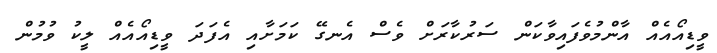
ވީޑިއޯއެއް އާންމުވެފައިވާކަން ސަރުކާރަށް ވެސް އެނގޭ ކަމަށާއި އެފަދަ ވީޑިއޯއެއް ލީކު ވުމުން